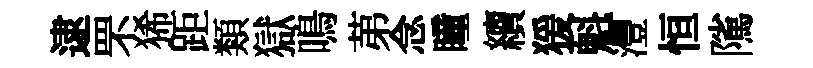
逮罘狶距類獄鳴苐念瞳續猨魁灃恒隲